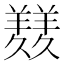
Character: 𦏇